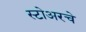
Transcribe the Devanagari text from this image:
स्टोअरचे